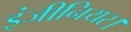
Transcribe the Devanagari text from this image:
इंजीनियर।